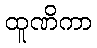
ထူဏိကာ